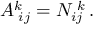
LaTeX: { \cal A } _ { \, \, i j } ^ { k } = { \cal N } _ { i j } ^ { \, \, k } \, .